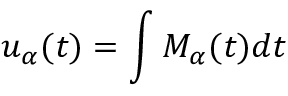
u _ { \alpha } ( t ) = \int M _ { \alpha } ( t ) d t